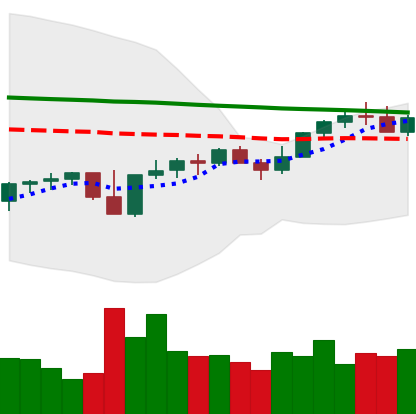
Ticker: XMR-USD
Chart end date: 2022-12-05
Forward return: 3.208%
Label: up_3_5